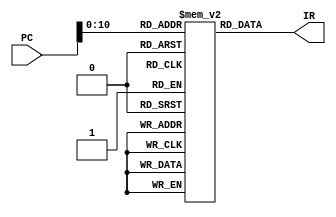
`timescale 1ns / 1ps

// in the IF phase of pipeline
// emulates the codes being flashed into ROM part of microprocessor


module Instruction_memory(
							input [31:0] PC,
							output reg [31:0] IR 	// YESSSS!
							);


reg [6:0] opcode = 0;
reg [4:0] DA = 0;
reg [4:0] AA = 0;
reg [4:0] BA = 0;
reg [9:0] junk = 0;
reg [14:0] IM = 0;
reg [14:0] TAR = 0;

localparam NOP = 7'b0000000;
localparam ADD = 7'b0000010;
localparam SUB = 7'b0000101;
localparam SLT = 7'b1100101;
localparam AND = 7'b0001000;
localparam OR  = 7'b0001010;
localparam XOR = 7'b0001100;
localparam ST  = 7'b0000001;
localparam LD  = 7'b0100001;
localparam ADI = 7'b0100010;
localparam SBI = 7'b0100101;
localparam NOT = 7'b0101110;
localparam ANI = 7'b0101000;
localparam ORI = 7'b0101010;
localparam XRI = 7'b0101100;
localparam AIU = 7'b1100010;
localparam SIU = 7'b1000101;
localparam MOV = 7'b1000000;
localparam LSL = 7'b0110000;
localparam LSR = 7'b0110001;
localparam JMR = 7'b1100001;
localparam BZ  = 7'b0100000;
localparam BNZ = 7'b1100000;
localparam JMP = 7'b1000100;
localparam JML = 7'b0000111;

localparam MUL = 7'b1111110;
localparam MUI = 7'b1111111;

localparam R0 = 5'd0;
localparam R1 = 5'd1;
localparam R2 = 5'd2;
localparam R3 = 5'd3;
localparam R4 = 5'd4;
localparam R5 = 5'd5;
localparam R6 = 5'd6;
localparam R7 = 5'd7;
localparam R8 = 5'd8;
localparam R9 = 5'd9;
localparam R10 = 5'd10;
localparam R11 = 5'd11;
localparam R12 = 5'd12;
localparam R13 = 5'd13;
localparam R14 = 5'd14;
localparam R15 = 5'd15;
localparam R16 = 5'd16;
localparam R17 = 5'd17;
localparam R18 = 5'd18;
localparam R19 = 5'd19;
localparam R20 = 5'd20;
localparam R21 = 5'd21;
localparam R22 = 5'd22;
localparam R23 = 5'd23;
localparam R24 = 5'd24;
localparam R25 = 5'd25;
localparam R26 = 5'd26;
localparam R27 = 5'd27;
localparam R28 = 5'd28;
localparam R29 = 5'd29;
localparam R30 = 5'd30;
localparam R31 = 5'd31;

localparam ToZero = 15'b111111111110100;

// NO DATA FORWARDING FOR NOW, SO ADD NO OPS IN BETWEEN
reg [31:0] M [0:1024];
integer i;
initial begin
	//FOR LOOP
    for(i = 0; i < 1024; i = i + 1) begin
    	M[i] = 0;	// NOP
    end
    // opcode,dest,SA,SB,junk OR opcode,dest,SA,IMMEDIATE OR opcode,dest,SA,Target Jump
    // M[1]  = {ADI,R4,R1,15'd27}; // 27 + R1 (0) ---> R4
    // M[3]  = {NOT,R3,R4,15'd0};	// ~R4 (27) --> R3 (immediate unused)
    // M[5]  = {NOT,R2,R0,15'd0}; // ~R0 (0) --> R2 immediate unused
    // M[7]  = {ST,R0,R4,R3,10'd0}; // R[SB] --> M{R[SA]}, 10 bits of junk, destination register is junk
    // M[9]  = {LD,R5,R4,15'd0}; // M{R[SA]} --> R[Dest], 15 bits of junk
    // M[11] = {BZ,R1,R0,ToZero}; // if R[SA] == 0, PC + 1 + seIM --> PC; at this point, pc = 11, so PC + 1 = 12, go back to 0 --> IM = -12

    // prove that multiply is working
    M[1] = {ADI,R1,R0,15'd83}; // put 83 into a register
    M[3] = {MUI,R2,R1,15'd5}; // use mul immediate, 83 * 5
    M[5] = {ADI,R4,R1,15'd117}; // put 209 into a register
    M[7] = {MUL,R5,R1,R4,10'd0}; // 83 * 209 --> two registers
    M[9] = {MUL,R7,R5,R5,10'd0}; // 16600 * 16600
    M[11]= {MUL,R9,R5,R7,10'd0};	// 16600 * 275560000 = over 32'b
    M[13]= {MUI,R11,R1,15'h7fff};	// -1 * 83 = -83
end
//1, add sign IM, dest = R5, AA = 1, IM = 27
//7-bits opcode, 5-bits dest, 5-bits sA, optional: 5-bit sB/10-junk, 15-bit immediate, 15-bit target jump
// block of code to assign
				// 7-bits |5-bit |5-bit| 5-bit + 10-bit |
				// OPCODE | DEST | AA  | TARGET JUMP    | 15-bit
always@(*) begin// OPCODE | DEST | AA  | IMMEDIATE      | 15-bit
	// case(PC)	// OPCODE | DEST | AA  | BA  | JUNK     | 5-bit, 10-bit
	// 	0: IR = NOP;
	// 	1: IR = 32'b0100010_00101_00001_000000000011011; // 27 + R1 (0) --> R4 {ADI,dest,aa,immediate}
	// 	2: IR = NOP;
	// 	3: IR = 32'b0101110_00100_00101_000000000011011; // NOT R4 --> R3 (immediate unused), {NOT,dest,aa,immediate unused}
	// 	4: IR = NOP;
	// 	5: IR = 32'b0101110_00011_00000_000000000011011; // NOT R0 --> R2 {NOT,dest,aa,immediate unused}
	// 	6: IR = NOP;
	// 	7: IR = 32'b0000001_00000_00101_001000000011011; // Store R4 -->M(R5) {} ----> ACTUALLY STORES R5 --> M(R4)
	// 	// store operation: R[SB] --> M{R[SA]}; --> R[4] --> M{R[5]} --> 0 --> M{27}
	// 	8: IR = NOP;
	// 	9: IR = 32'b0100001_00110_00101_000000000011011; 	// load M(R5) --> R6
	// 	10:IR = NOP;
	// 	11:IR =	32'b0100000_00101_00000_100000000001100; // do a jump here BZ (R(A)) = 0 --> PC + 1 +se IM (PC + 1 = 12, + se 12 (MSB = 1, so negative))
	// 		// should have the PC increment, then subtract back to 0
	// 	default: IR = NOP;
	// endcase
	
	IR = M[PC];
end

endmodule